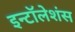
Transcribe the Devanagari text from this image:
इन्टॉलेशंस